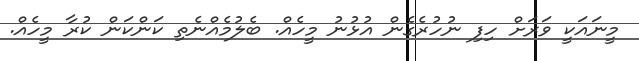
މީނައަކީ ވަރަށް ހިފި ނުހުރެގެން އުޅުނު މީހެއް. ބެލުމެއްނެތި ކަންކަން ކުރާ މީހެއް.